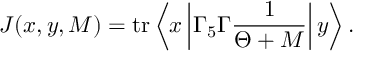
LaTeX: J ( x , y , M ) = \mathrm { t r } \left\langle x \left| \Gamma _ { 5 } \Gamma \frac { 1 } { \Theta + M } \right| y \right\rangle .